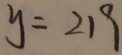
y = 2 1 9